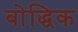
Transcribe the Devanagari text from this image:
बोद्धिक